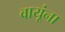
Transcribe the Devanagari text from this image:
वायूंना